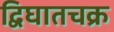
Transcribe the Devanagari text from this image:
द्विघातचक्र